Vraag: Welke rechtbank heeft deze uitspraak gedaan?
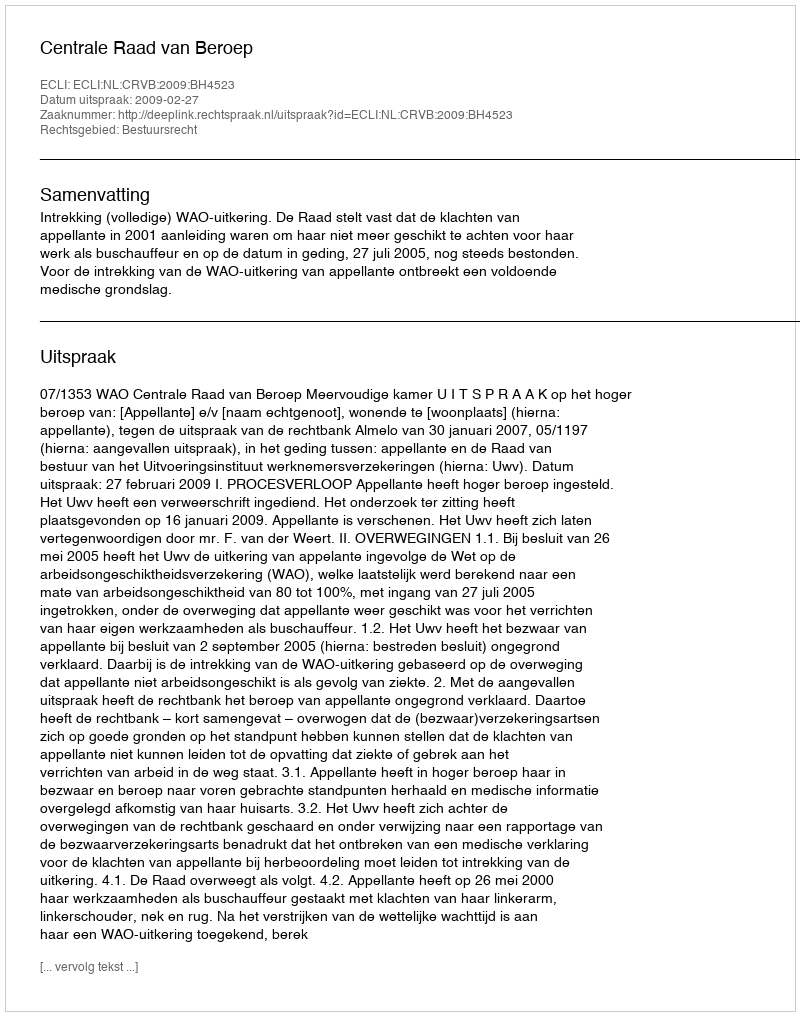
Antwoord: Centrale Raad van Beroep